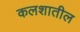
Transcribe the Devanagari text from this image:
कलशातील